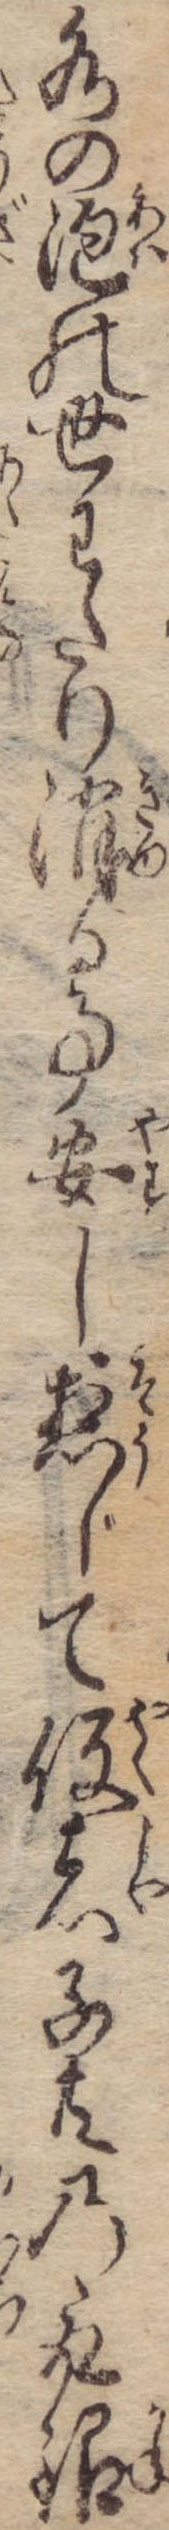
水の泡の世わたり消る事安し惣じて役者子共の取銀